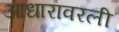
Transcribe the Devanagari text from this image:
आधारावरली